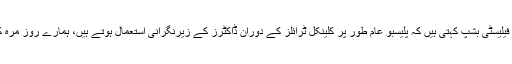
یونیورسٹی آف ساؤتھمپٹن سے منسلک ہیلتھ سائیکالوجی کے ایسوسی ایٹ پروفیسر فیلیسٹی بشپ کہتی ہیں کہ پلیسبو عام طور پر کلینکل ٹرائلز کے دوران ڈاکٹرز کے زیرنگرانی استعمال ہوتے ہیں، ہمارے روز مرہ کی زندگی میں گھریلو ٹوٹکوں سے بھی پلیسبو کی طاقت حاصل کی جا سکتی ہے۔